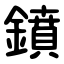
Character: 鐼